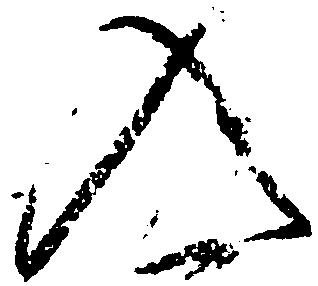
入